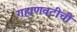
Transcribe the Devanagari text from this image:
गहाणवटीची